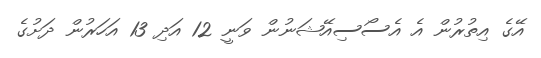
އޭގެ އިތުރުން އެ އެސޯސިއޭޝަނުން ވަނީ 12 އަދި 13 އަހަރުން ދަށުގެ